Annual administration report of the Civil Veterinary Department of India - 1898-1899
Year: 1898
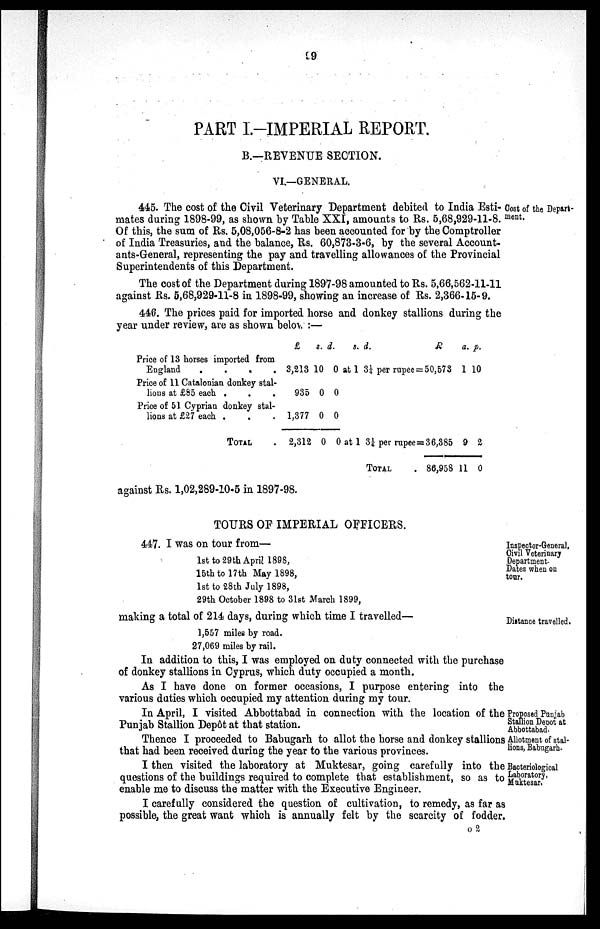
19
PART I.-IMPERIAL REPORT.
B.—REVENUE SECTION.
VI.—GENERAL.
Cost of the Depart-
ment.
445. The cost of the Civil Veterinary Department debited to India Esti-
mates during 1898-99, as shown by Table XXI, amounts to Rs. 5,68,929-11-8.
Of this, the sum of Rs. 5,08,056-8-2 has been accounted for by the Comptroller
of India Treasuries, and the balance, Rs. 60,873-3-6, by the several Account-
ants-General, representing the pay and travelling allowances of the Provincial
Superintendents of this Department.
The cost of the Department during 1897-98 amounted to Rs. 5,66,562-11-11
against Rs. 5,68,929-11-8 in 1898-99, showing an increase of Rs. 2,366-15-9.
446. The prices paid for imported horse and donkey stallions during the
year under review, are as shown below:—
Price of 13 horses imported from
England
.
.
.
.
Price of 11 Catalonian donkey stal-
lions at £85 each . . .
Price of 51 Cyprian donkey stal-
lions at £27 each . . .
TOTAL .
£
3,213
935
1,377
2,312
s.
10
0
0
0
d.
0
0
0
0
at
at
s.
1
1
d.
3¼
3¼
per rupee =
per rupee =
TOTAL .
R
50,573
36,385
86,958
a.
1
9
11
p.
10
2
0
against Rs. 1,02,289-10-5 in 1897-98.
TOURS OF IMPERIAL OFFICERS.
Inspector-General,
Civil Veterinary
Department.
Dates when on
tour.
447. I was on tour from—
1st to 29th April 1898,
15th to 17th May 1898,
1st to 28th July 1898,
29th October 1898 to 31st March 1899,
Distance travelled.
making a total of 214 days, during which time I travelled—
1,557 miles by road.
27,069 miles by rail.
In addition to this, I was employed on duty connected with the purchase
of donkey stallions in Cyprus, which duty occupied a month.
As I have done on former occasions, I purpose entering into the
various duties which occupied my attention during my tour.
Proposed Punjab
Stallion Depot at
Abbottabad.
In April, I visited Abbottabad in connection with the location of the
Punjab Stallion Depôt at that station.
Allotment of stal-
lions, Babugarh.
Thence I proceeded to Babugarh to allot the horse and donkey stallions
that had been received during the year to the various provinces.
Bacteriological
Laboratory,
Muktesar.
I then visited the laboratory at Muktesar, going carefully into the
questions of the buildings required to complete that establishment, so as to
enable me to discuss the matter with the Executive Engineer.
I carefully considered the question of cultivation, to remedy, as far as
possible, the great want which is annually felt by the scarcity of fodder.
O 2